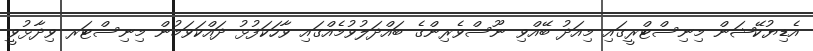
އެޑިޔުކޭޝަން މިނިސްޓްރީގައި މިއަދު ބޭއްވި ނޫސްވެރިންގެ ބައްދަލުވުމެއްގައި ވާހަކަފުޅު ދައްކަވަމުން މިނިސްޓަރ ވިދާޅުވީ